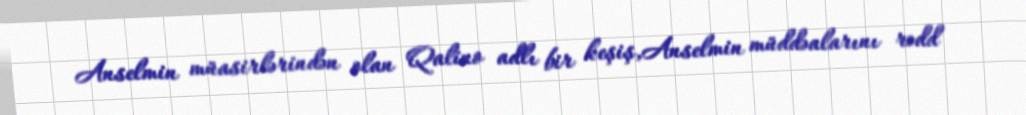
Anselmin müasirlərindən olan Qalino adlı bir keşiş,Anselmin müddəalarını rədd